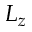
L _ { z }